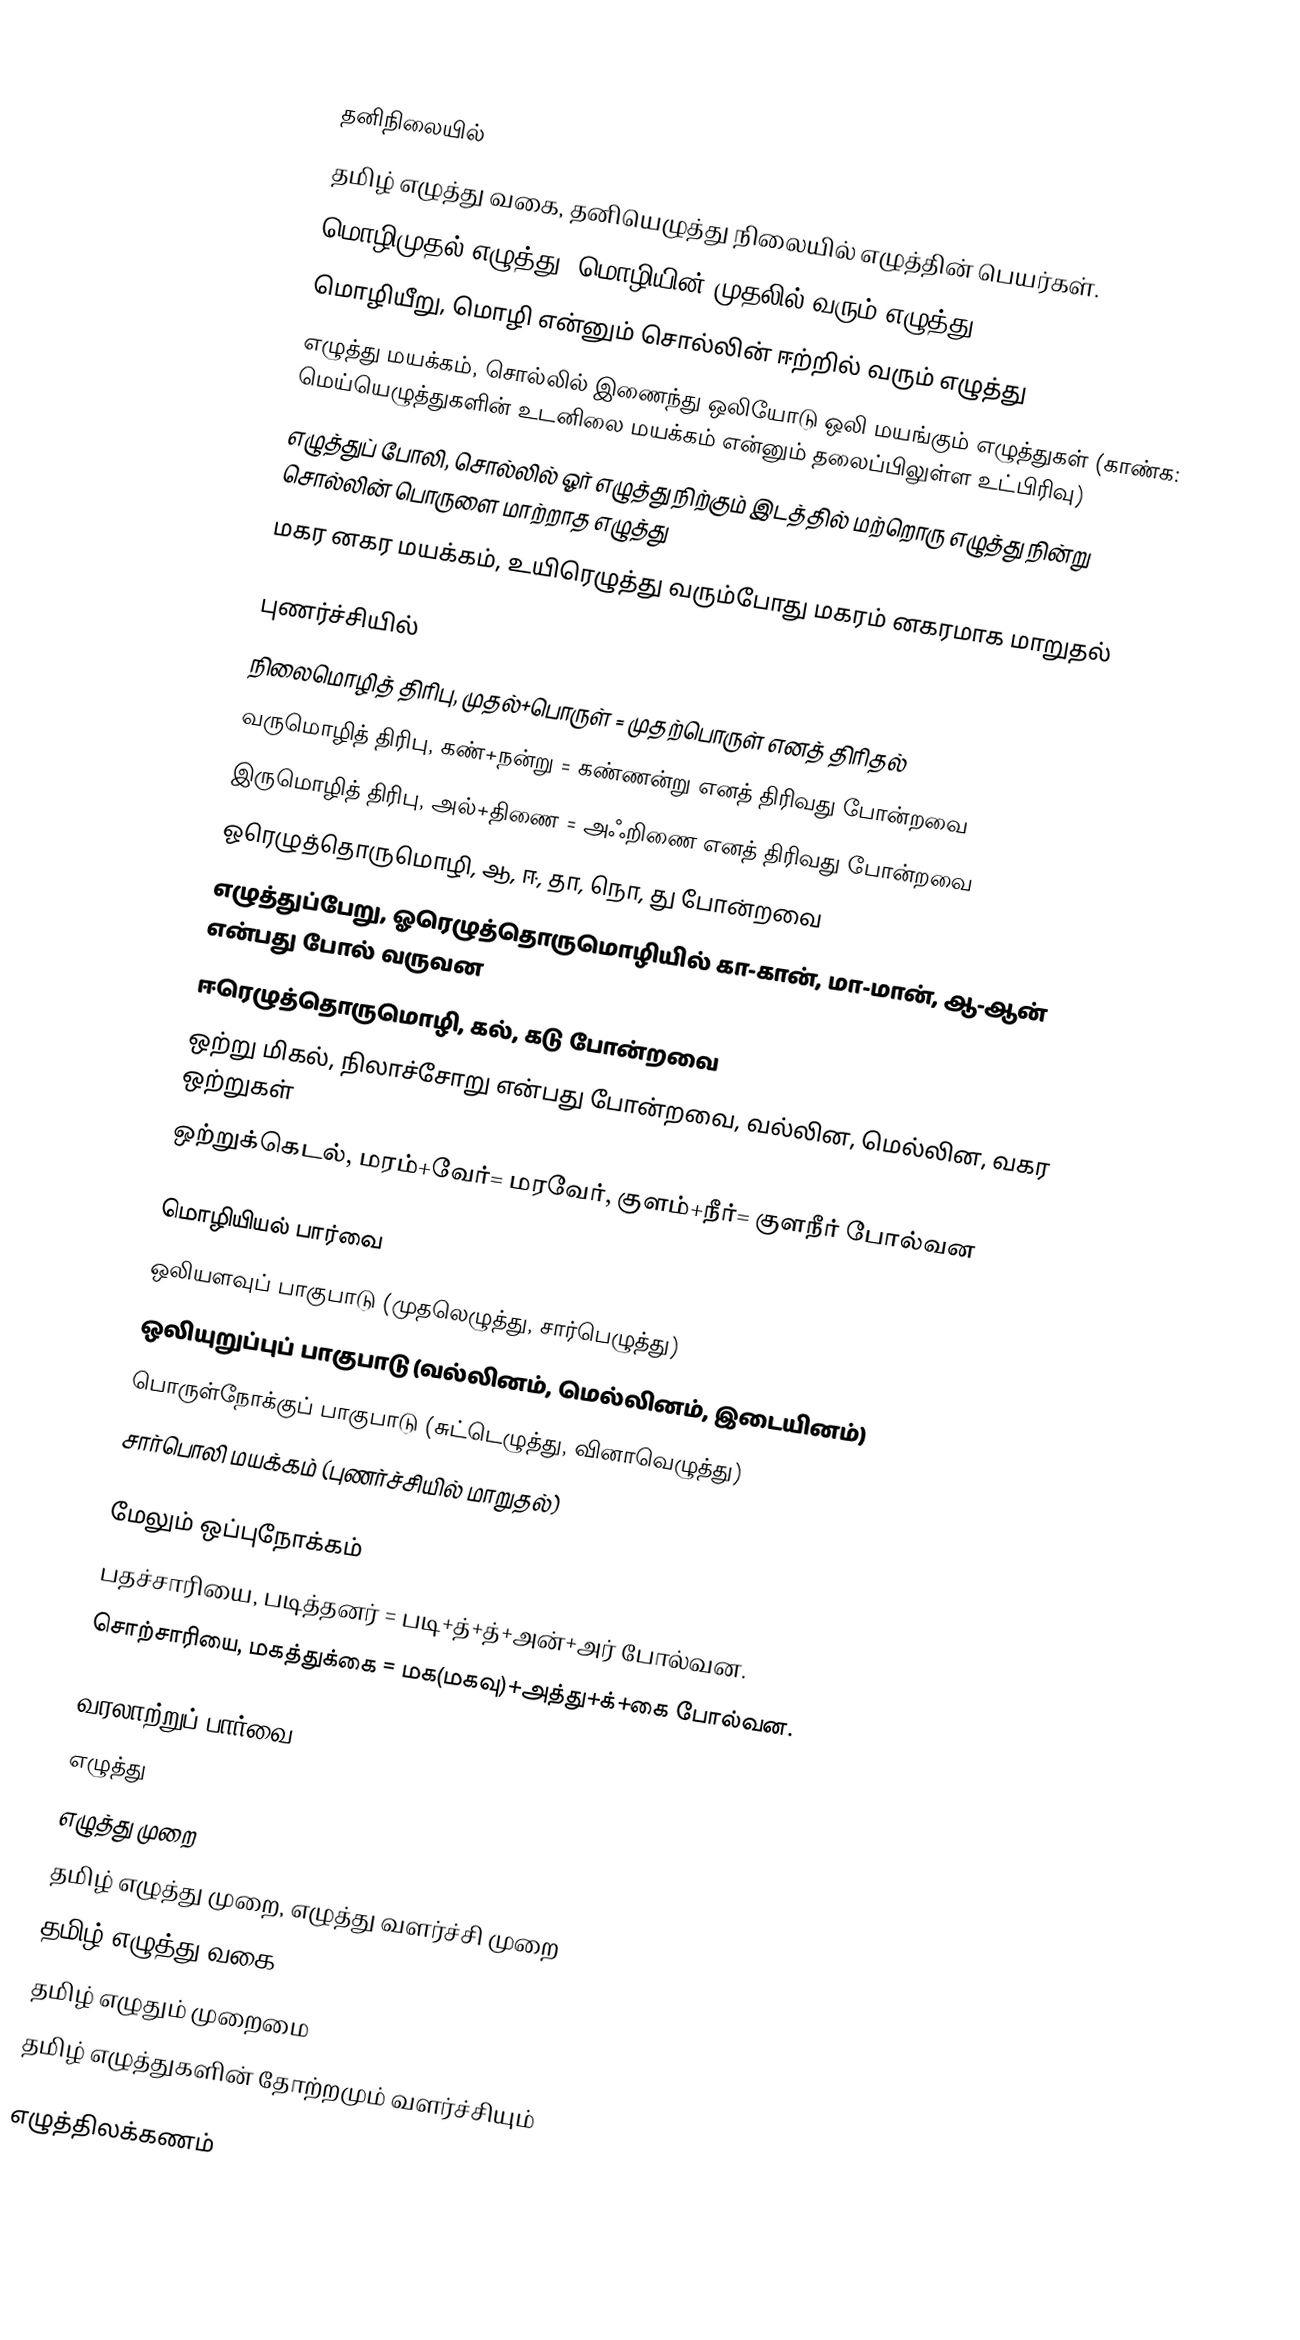

தனிநிலையில்
 தமிழ் எழுத்து வகை, தனியெழுத்து நிலையில் எழுத்தின் பெயர்கள்.
 மொழிமுதல் எழுத்து, மொழியின் முதலில் வரும் எழுத்து
 மொழியீறு, மொழி என்னும் சொல்லின் ஈற்றில் வரும் எழுத்து
 எழுத்து மயக்கம், சொல்லில் இணைந்து ஒலியோடு ஒலி மயங்கும் எழுத்துகள் (காண்க: மெய்யெழுத்துகளின் உடனிலை மயக்கம் என்னும் தலைப்பிலுள்ள உட்பிரிவு)
 எழுத்துப் போலி, சொல்லில் ஓர் எழுத்து நிற்கும் இடத்தில் மற்றொரு எழுத்து நின்று சொல்லின் பொருளை மாற்றாத எழுத்து
 மகர னகர மயக்கம், உயிரெழுத்து வரும்போது மகரம் னகரமாக மாறுதல்

புணர்ச்சியில்
 நிலைமொழித் திரிபு, முதல்+பொருள் = முதற்பொருள் எனத் திரிதல்
 வருமொழித் திரிபு, கண்+நன்று = கண்ணன்று எனத் திரிவது போன்றவை
 இருமொழித் திரிபு, அல்+திணை = அஃறிணை எனத் திரிவது போன்றவை
 ஓரெழுத்தொருமொழி, ஆ, ஈ, தா, நொ, து போன்றவை
 எழுத்துப்பேறு, ஓரெழுத்தொருமொழியில் கா-கான், மா-மான், ஆ-ஆன் என்பது போல் வருவன
 ஈரெழுத்தொருமொழி, கல், கடு போன்றவை
 ஒற்று மிகல், நிலாச்சோறு என்பது போன்றவை, வல்லின, மெல்லின, வகர ஒற்றுகள்
 ஒற்றுக்கெடல், மரம்+வேர்= மரவேர், குளம்+நீர்= குளநீர் போல்வன

மொழியியல் பார்வை
 ஒலியளவுப் பாகுபாடு (முதலெழுத்து, சார்பெழுத்து)
 ஒலியுறுப்புப் பாகுபாடு (வல்லினம், மெல்லினம், இடையினம்)
 பொருள்நோக்குப் பாகுபாடு (சுட்டெழுத்து, வினாவெழுத்து)
 சார்பொலி மயக்கம் (புணர்ச்சியில் மாறுதல்)

மேலும் ஒப்புநோக்கம்
 பதச்சாரியை, படித்தனர் = படி+த்+த்+அன்+அர் போல்வன.
 சொற்சாரியை, மகத்துக்கை = மக(மகவு)+அத்து+க்+கை போல்வன.

வரலாற்றுப் பார்வை
 எழுத்து
 எழுத்து முறை
 தமிழ் எழுத்து முறை, எழுத்து வளர்ச்சி முறை
 தமிழ் எழுத்து வகை
 தமிழ் எழுதும் முறைமை
 தமிழ் எழுத்துகளின் தோற்றமும் வளர்ச்சியும்

எழுத்திலக்கணம்